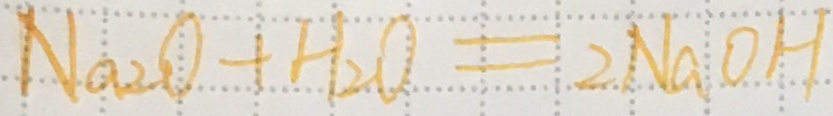
N a _ { 2 } O + H _ { 2 } O = 2 N a O H